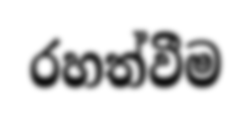
රහත්වීම